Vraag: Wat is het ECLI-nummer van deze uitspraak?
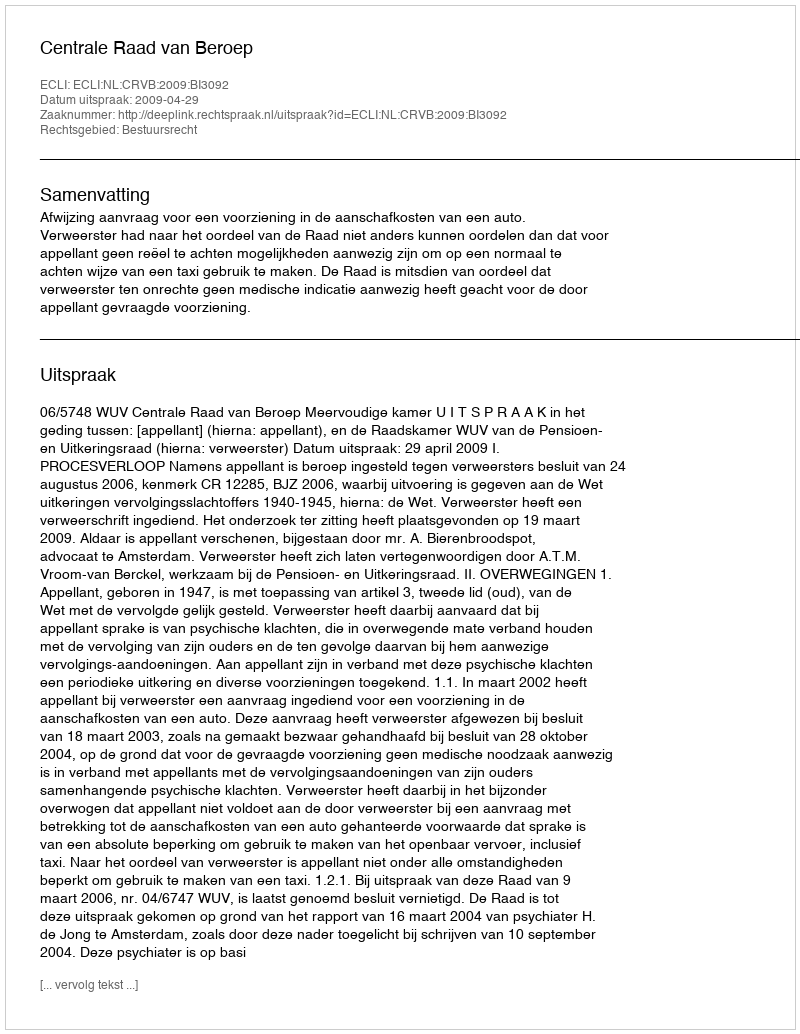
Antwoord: ECLI:NL:CRVB:2009:BI3092